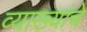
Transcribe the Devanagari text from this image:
व्याख्यांचे